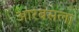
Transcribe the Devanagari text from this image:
आरबसला